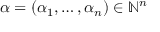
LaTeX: \alpha = ( \alpha _ { 1 } , \ldots , \alpha _ { n } ) \in \mathbb { N } ^ { n }